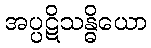
အပ္ပဋိသန္ဓိယော